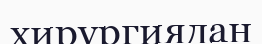
хирургиядан